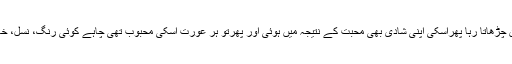
اقبال پہلے پہل ایک محبت کے درمیان میں دو سری محبت پر وان چڑھاتا رہا پھراسکی اپنی شادی بھی محبت کے نتیجہ میں ہوئی اور پھرتو ہر عورت اسکی محبوب تھی چاہے کوئی رنگ، نسل، خاندان ، قد،نین نقش ہوپڑھی ہوئی ہو ان پڑھ ہو کوئی فر ق نہیں تھا۔